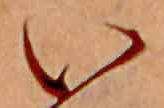
い